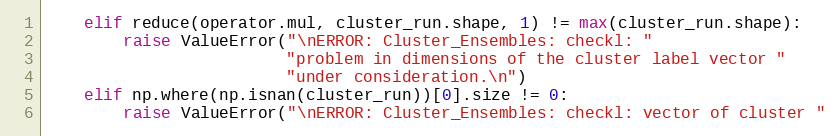
Language: Python
    elif reduce(operator.mul, cluster_run.shape, 1) != max(cluster_run.shape):
        raise ValueError("\nERROR: Cluster_Ensembles: checkl: "
                         "problem in dimensions of the cluster label vector "
                         "under consideration.\n")
    elif np.where(np.isnan(cluster_run))[0].size != 0:
        raise ValueError("\nERROR: Cluster_Ensembles: checkl: vector of cluster "